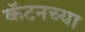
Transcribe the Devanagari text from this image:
कॅटनच्या